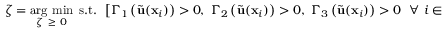
\zeta = \underset { \zeta \ \geq \ 0 } { \mathrm { a r g \ m i n } } \ \ \mathrm { s . t . } \ \ \left[ \Gamma _ { 1 } \left( \widetilde { \mathbf { u } } ( \mathbf { x } _ { i } ) \right) > 0 , \ \Gamma _ { 2 } \left( \widetilde { \mathbf { u } } ( \mathbf { x } _ { i } ) \right) > 0 , \ \Gamma _ { 3 } \left( \widetilde { \mathbf { u } } ( \mathbf { x } _ { i } ) \right) > 0 \ \ \forall \ i \in S \right] .